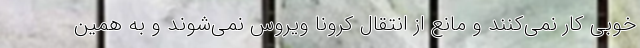
خوبی کار نمی‌کنند و مانع از انتقال کرونا ویروس نمی‌شوند و به همین